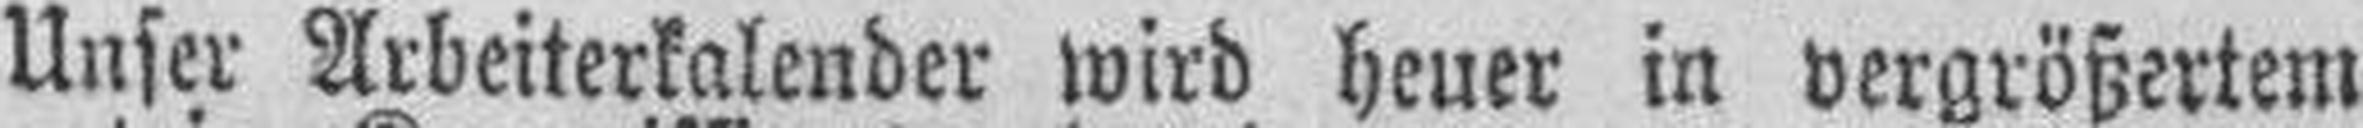
Unser Arbeiterkalender wird heuer in vergrößertem